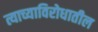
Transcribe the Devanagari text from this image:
त्याच्याविरोधातील